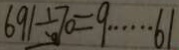
6 9 1 \div 7 0 = 9 \cdots 6 1